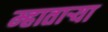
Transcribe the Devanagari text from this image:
म्हातार्‍या